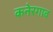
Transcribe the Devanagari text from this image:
कनेरगाव